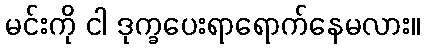
မင်းကို ငါ ဒုက္ခပေးရာရောက်နေမလား။